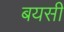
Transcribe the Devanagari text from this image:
बयसी